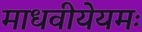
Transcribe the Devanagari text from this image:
माधवीयेयमः